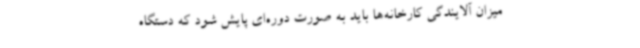
میزان آلایندگی کارخانه‌ها باید به صورت دوره‌ای پایش ‌شود که دستگاه